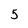
Character: 5